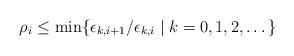
LaTeX: \begin{align*}\rho_i \le \min\{\epsilon_{k,i+1}/\epsilon_{k,i} \mid k=0,1,2,\dots\}\end{align*}